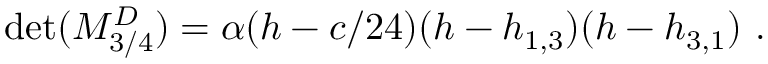
\operatorname * { d e t } ( { \cal M } _ { 3 / 4 } ^ { D } ) = \alpha ( h - c / 2 4 ) ( h - h _ { 1 , 3 } ) ( h - h _ { 3 , 1 } ) { } ~ .